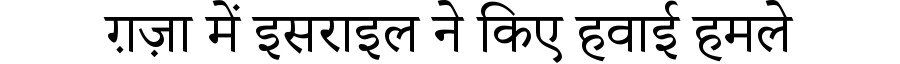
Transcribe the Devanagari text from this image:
ग़ज़ा में इसराइल ने किए हवाई हमले